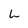
Character: L